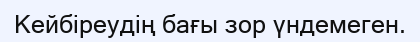
Кейбіреудің бағы зор үндемеген.